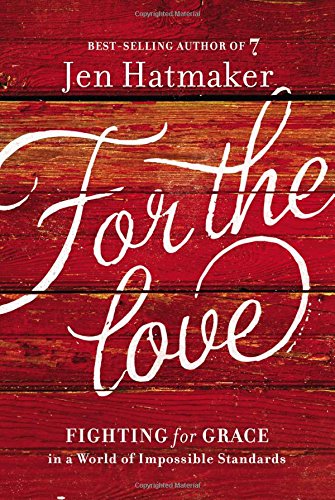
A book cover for For the Love: Fighting for Grace in a World of Impossible Standards; Jen Hatmaker; Christian Books & Bibles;